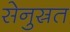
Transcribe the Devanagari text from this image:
सेनुस्रत